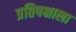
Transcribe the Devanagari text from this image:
प्रतिपक्षाला